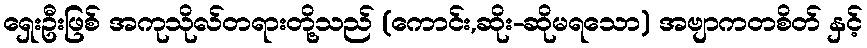
ရှေးဦးဖြစ် အကုသိုလ်တရားတို့သည် (ကောင်း,ဆိုး-ဆိုမရသော) အဗျာကတစိတ် နှင့်